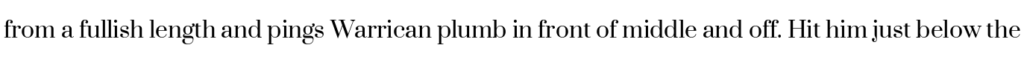
from a fullish length and pings Warrican plumb in front of middle and off. Hit him just below the